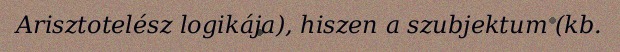
Arisztotelész logikája), hiszen a szubjektum (kb.